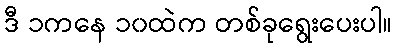
ဒီ ၁ကနေ ၁၀ထဲက တစ်ခုရွေးပေးပါ။